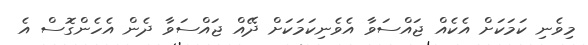
މިވެނި ކަމަކަށް އެކެއް ޖައްސަވާ އެވެނިކަމަކަށް ދޭއް ޖައްސަވާ ދެން އެހެންގޮސް އެ